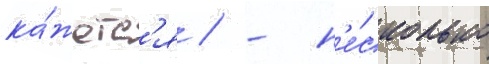
ка́жетс'я / - н'е́сколько